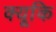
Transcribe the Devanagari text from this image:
क्यूकि